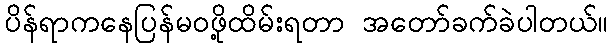
ပိန်ရာကနေပြန်မဝဖို့ထိမ်းရတာ အတော်ခက်ခဲပါတယ်။